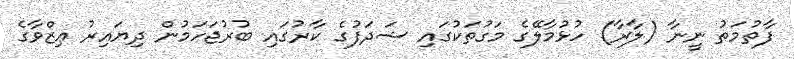
ފާތުމަތު ނީނާ (ލާރާ) ހުޅުމާލޭގެ މަގުތަކުގައި ޝަދަފުގެ ކާރުގައި ބުރުޖަހަމުން ދިޔައިރު ޢިޒްވާގެ